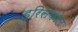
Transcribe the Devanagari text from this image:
ड्रिसकोल